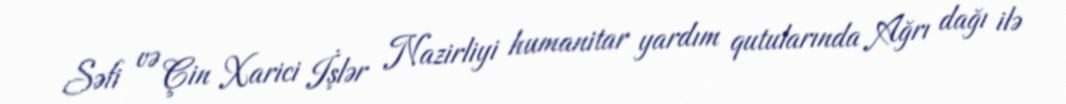
Səfi və Çin Xarici İşlər Nazirliyi humanitar yardım qutularında Ağrı dağı ilə